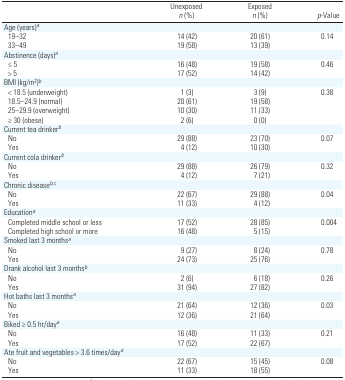
<table><thead><tr><td></td><td><b>Unexposed <i>n</i> (%)</b></td><td><b>Exposed <i>n</i> (%)</b></td><td><b><i>p</i>-Value</b></td></tr></thead><tbody><tr><td colspan="4">Age (years)a</td></tr><tr><td> 19–32</td><td>14 (42)</td><td>20 (61)</td><td>0.14</td></tr><tr><td> 33–49</td><td>19 (58)</td><td>13 (39)</td><td></td></tr><tr><td colspan="4">Abstinence (days)a</td></tr><tr><td> ≤ 5</td><td>16 (48)</td><td>19 (58)</td><td>0.46</td></tr><tr><td> &gt; 5</td><td>17 (52)</td><td>14 (42)</td><td></td></tr><tr><td colspan="4">BMI (kg/m<sup>2</sup>)b</td></tr><tr><td> &lt; 18.5 (underweight)</td><td>1 (3)</td><td>3 (9)</td><td>0.38</td></tr><tr><td> 18.5–24.9 (normal)</td><td>20 (61)</td><td>19 (58)</td><td></td></tr><tr><td> 25–29.9 (overweight)</td><td>10 (30)</td><td>11 (33)</td><td></td></tr><tr><td> ≥ 30 (obese)</td><td>2 (6)</td><td>0 (0)</td><td></td></tr><tr><td colspan="4">Current tea drinkerb</td></tr><tr><td> No</td><td>29 (88)</td><td>23 (70)</td><td>0.07</td></tr><tr><td> Yes</td><td>4 (12)</td><td>10 (30)</td><td></td></tr><tr><td colspan="4">Current cola drinkerb</td></tr><tr><td> No</td><td>29 (88)</td><td>26 (79)</td><td>0.32</td></tr><tr><td> Yes</td><td>4 (12)</td><td>7 (21)</td><td></td></tr><tr><td colspan="4">Chronic diseaseb,c</td></tr><tr><td> No</td><td>22 (67)</td><td>29 (88)</td><td>0.04</td></tr><tr><td> Yes</td><td>11 (33)</td><td>4 (12)</td><td></td></tr><tr><td colspan="4">Educationa</td></tr><tr><td> Completed middle school or less</td><td>17 (52)</td><td>28 (85)</td><td>0.004</td></tr><tr><td> Completed high school or more</td><td>16 (48)</td><td>5 (15)</td><td></td></tr><tr><td colspan="4">Smoked last 3 monthsa</td></tr><tr><td> No</td><td>9 (27)</td><td>8 (24)</td><td>0.78</td></tr><tr><td> Yes</td><td>24 (73)</td><td>25 (76)</td><td></td></tr><tr><td colspan="4">Drank alcohol last 3 monthsb</td></tr><tr><td> No</td><td>2 (6)</td><td>6 (18)</td><td>0.26</td></tr><tr><td> Yes</td><td>31 (94)</td><td>27 (82)</td><td></td></tr><tr><td colspan="4">Hot baths last 3 monthsa</td></tr><tr><td> No</td><td>21 (64)</td><td>12 (36)</td><td>0.03</td></tr><tr><td> Yes</td><td>12 (36)</td><td>21 (64)</td><td></td></tr><tr><td colspan="4">Biked ≥ 0.5 hr/daya</td></tr><tr><td> No</td><td>16 (48)</td><td>11 (33)</td><td>0.21</td></tr><tr><td> Yes</td><td>17 (52)</td><td>22 (67)</td><td></td></tr><tr><td colspan="4">Ate fruit and vegetables &gt; 3.6 times/daya</td></tr><tr><td> No</td><td>22 (67)</td><td>15 (45)</td><td>0.08</td></tr><tr><td> Yes</td><td>11 (33)</td><td>18 (55)</td><td></td></tr></tbody></table>